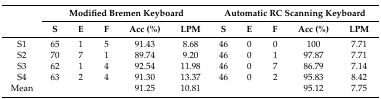
| <ROWSPAN=2>  | <COLSPAN=5> Modified Bremen Keyboard | <COLSPAN=5> Automatic RC Scanning Keyboard |
 | S | E | F | Acc (%) | LPM | S | E | F | Acc (%) | LPM |
 | --- | --- | --- | --- | --- | --- | --- | --- | --- | --- | --- |
 | S1 | 65 | 1 | 5 | 91.43 | 8.68 | 46 | 0 | 0 | 100 | 7.71 |
 | S2 | 70 | 7 | 1 | 89.74 | 9.20 | 46 | 0 | 1 | 97.87 | 7.71 |
 | S3 | 62 | 1 | 4 | 92.54 | 11.98 | 46 | 0 | 7 | 86.79 | 7.14 |
 | S4 | 63 | 2 | 4 | 91.30 | 13.37 | 46 | 0 | 2 | 95.83 | 8.42 |
 | Mean |  |  |  | 91.25 | 10.81 |  |  |  | 95.12 | 7.75 |